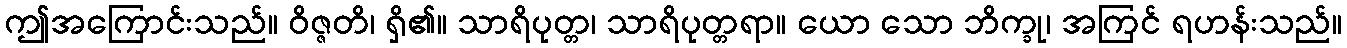
ဤအကြောင်းသည်။ ဝိဇ္ဇတိ၊ ရှိ၏။ သာရိပုတ္တ၊ သာရိပုတ္တရာ။ ယော သော ဘိက္ခု၊ အကြင် ရဟန်းသည်။